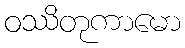
ဝဿိတုကာမော